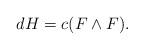
LaTeX: \begin{align*} d H = c (F \wedge F).\end{align*}